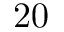
2 0